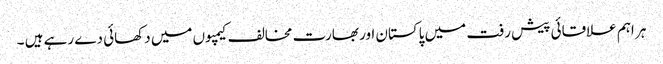
ہر اہم علاقائی پیش رفت میں پاکستان اور بھارت مخالف کیمپوں میں دکھائی دے رہے ہیں ۔